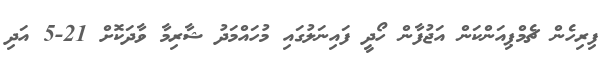
ފިރިހެން ޗެމްޕިއަންކަން އަޖުފާން ހޯދީ ފައިނަލުގައި މުހައްމަދު ޝާރިމާ ވާދަކޮށް 21-5 އަދި